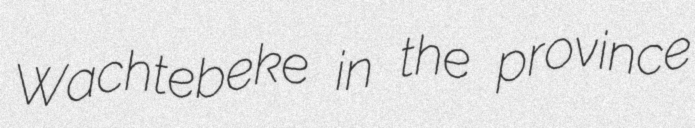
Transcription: Wachtebeke in the province